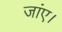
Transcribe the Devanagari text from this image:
जांए।